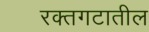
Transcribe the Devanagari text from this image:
रक्तगटातील